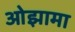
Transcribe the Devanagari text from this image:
ओझामा